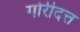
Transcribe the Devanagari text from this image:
गोरीदत्त